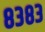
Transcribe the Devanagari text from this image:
८३८३